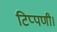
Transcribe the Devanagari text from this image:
टिप्पणी।